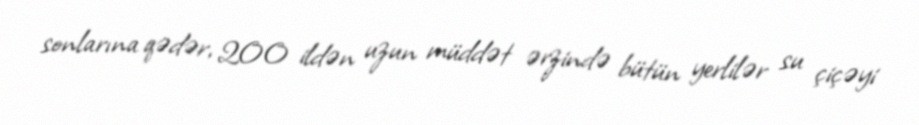
sonlarına qədər, 200 ildən uzun müddət ərzində bütün yerlilər su çiçəyi